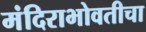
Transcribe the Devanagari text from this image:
मंदिराभोवतीचा